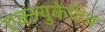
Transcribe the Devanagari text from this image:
एक्ज्युकेटिव